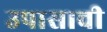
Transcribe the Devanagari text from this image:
उपासाची